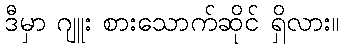
ဒီမှာ ဂျူး စားသောက်ဆိုင် ရှိလား။